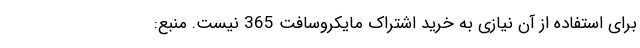
برای استفاده از آن نیازی به خرید اشتراک مایکروسافت 365 نیست. منبع: